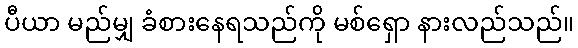
ပီယာ မည်မျှ ခံစားနေရသည်ကို မစ်ရှော နားလည်သည်။